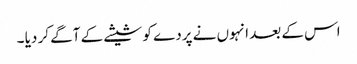
اس کے بعد انہوں نے پردے کو شیشے کے آگے کر دیا ۔